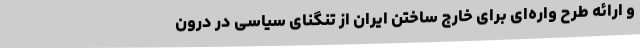
و ارائه طرح واره‌ای برای خارج ساختن ایران از تنگنای سیاسی در درون